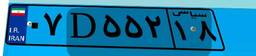
۹۱D۹۱۲۱۹